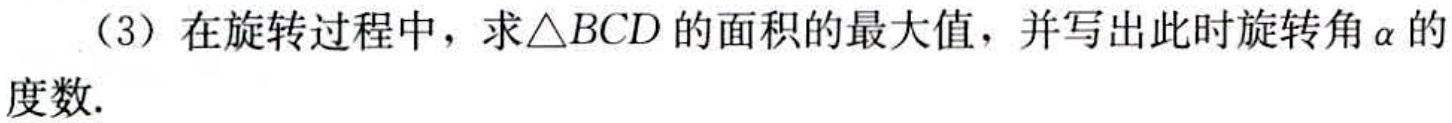
（3）在旋转过程中，求\(\triangle BCD\)的面积的最大值，并写出此时旋转角\(\alpha\)的度数.